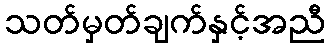
သတ်မှတ်ချက်နှင့်အညီ